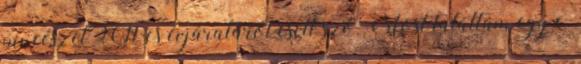
pincészet 2011-es évjáratáról esett szó. Most találtam egy c.